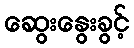
ဆွေးနွေးခွင့်